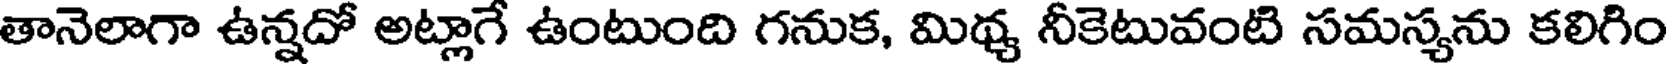
తానెలాగా ఉన్నదో అట్లాగే ఉంటుంది గనుక, మిథ్య నీకెటువంటి సమస్యను కలిగిం